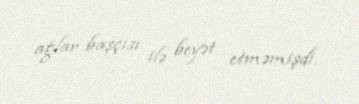
ağlar başçısı ilə beyət etməmişdi.